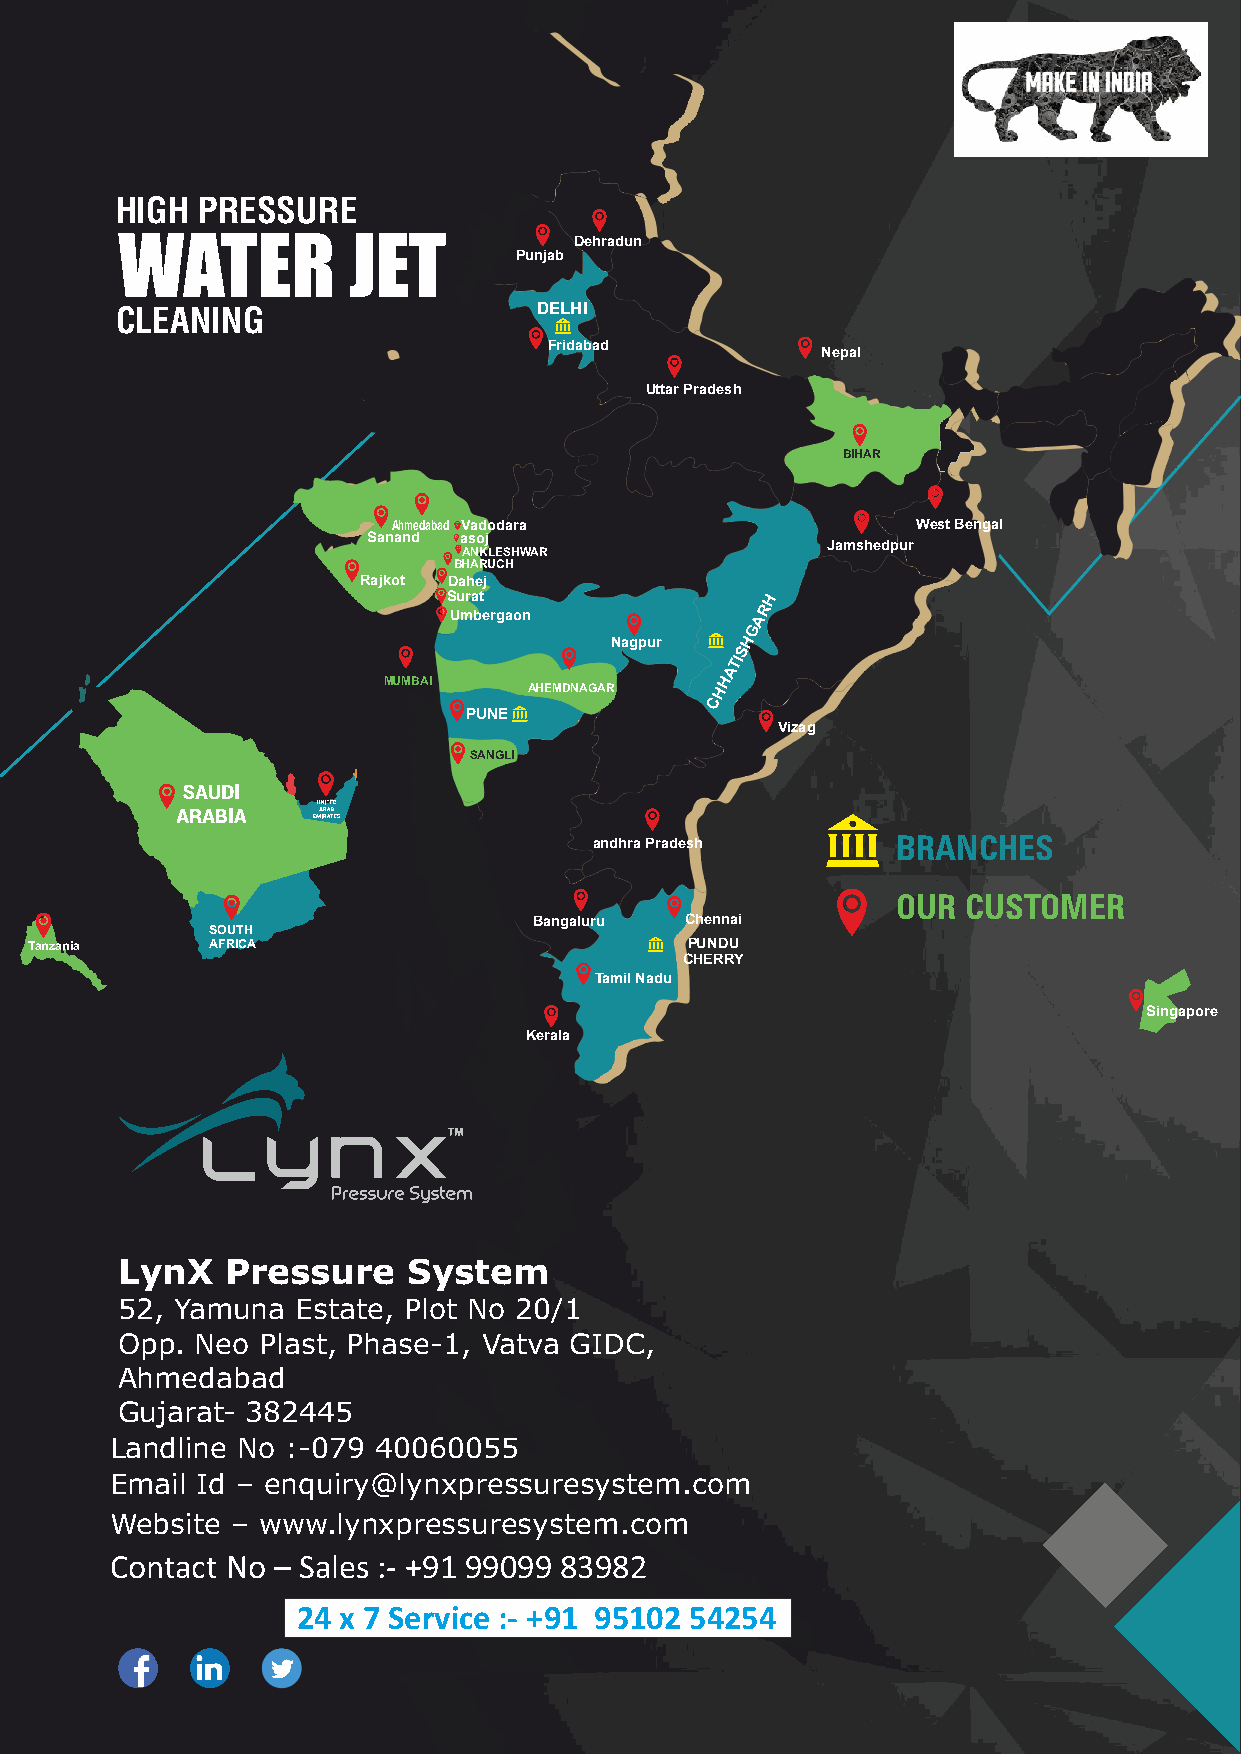
HIGH PRESSURE
 WATER          JET
 Dehradun
 Punjab
 CLEANING                    DELHI
 Fridabad
 Nepal
 Uttar Pradesh
 BIHAR
 Ahmedabad Vadodara                 West Bengal
 Sanand asoj
 Jamshedpur
 ANKLESHWAR
 BHARUCH
 Rajkot Dahej
 Surat                H
 R
 Umbergaon           A
 G
 Nagpur   H
 S
 TI
 A
 MUMBAI                 H
 AHEMDNAGAR  H
 C
 PUNE
 Vizag
 SANGLI
 andhra Pradesh      BRANCHES
 OUR  CUSTOMER
 Bangaluru Chennai
 SOUTH
 Tanzania    AFRICA                         PUNDU
 CHERRY
 Tamil Nadu
 Singapore
 Kerala
 LynX   Pressure    System
 52, Yamuna  Estate, Plot No 20/1
 Opp. Neo Plast, Phase-1, Vatva GIDC,
 Ahmedabad
 Gujarat- 382445
 Landline No :-079 40060055
 Email Id – enquiry@lynxpressuresystem.com
 Website – www.lynxpressuresystem.com
 Contact No – Sales :- +91 99099 83982
 24 x 7 Service :- +91 95102 54254